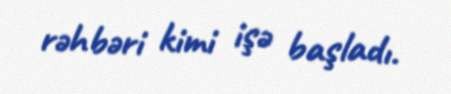
rəhbəri kimi işə başladı.